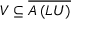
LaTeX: V \subseteq { \overline { { A \left( L U \right) } } }